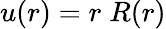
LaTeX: u(r)=r\; R(r)